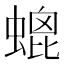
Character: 螕